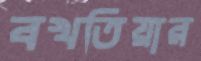
বখতিয়ার